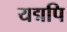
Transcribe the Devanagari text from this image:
यद्मपि